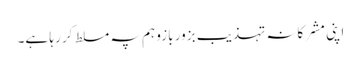
اپنی مشرکانہ تہذیب بزور بازو ہم پہ مسلط کر رہا ہے۔